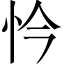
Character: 忴